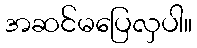
အဆင်မပြေလှပါ။